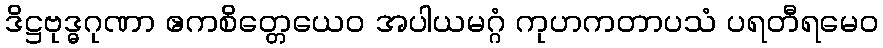
ဒိဋ္ဌဗုဒ္ဓဂုဏာ ဧကစိတ္တေယေဝ အပါယမဂ္ဂံ ကုဟကတာပသံ ပရတီရမေဝ